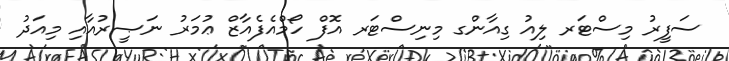
ސަފީރު މިސްޓަރ ލިއު ގިއާންގ މިނިސްޓަރ އޮފް ހޯމްއެފެއާޒް ޢުމަރު ނަޞީރުއާއި މިއަދު